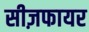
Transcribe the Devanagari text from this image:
सीज़फायर